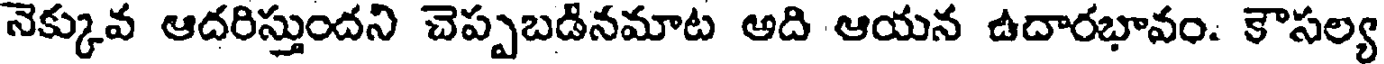
నెక్కువ ఆదరిస్తుందని చెప్పబడినమాట ఆది ఆయన ఉదారభావం. కౌసల్య